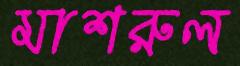
মাশরুল